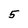
Character: 5